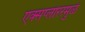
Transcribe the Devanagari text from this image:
एक्सप्लोररमुळे